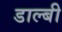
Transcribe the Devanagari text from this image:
डाल्बी